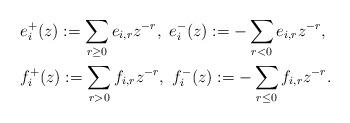
LaTeX: \begin{align*} & e^+_i(z):=\sum_{r\geq 0} e_{i,r}z^{-r},\ e^-_i(z):=-\sum_{r<0} e_{i,r}z^{-r},\\ & f^+_i(z):=\sum_{r>0} f_{i,r}z^{-r},\ f^-_i(z):=-\sum_{r\leq 0} f_{i,r}z^{-r}.\end{align*}